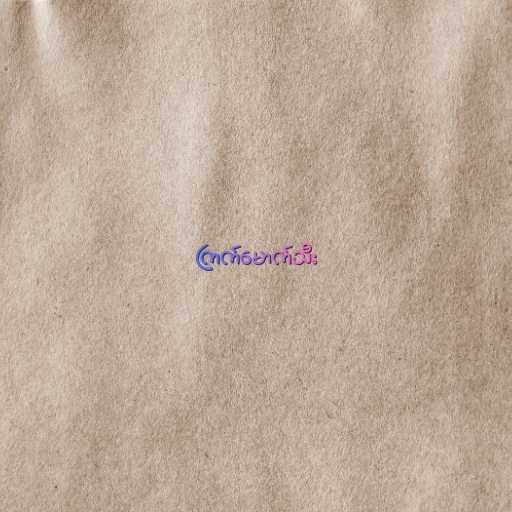
ကြက်မောက်သီး